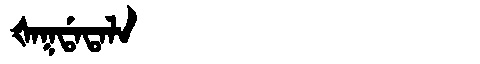
Manchu: ᡧᠠᡴᡩᠠᡨᠠᠯᠠ
Romanization: ŠAKDATALA